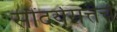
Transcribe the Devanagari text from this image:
सौंदर्यसत्तेचे